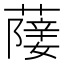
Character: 𦽵